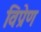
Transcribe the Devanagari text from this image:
विप्रेण